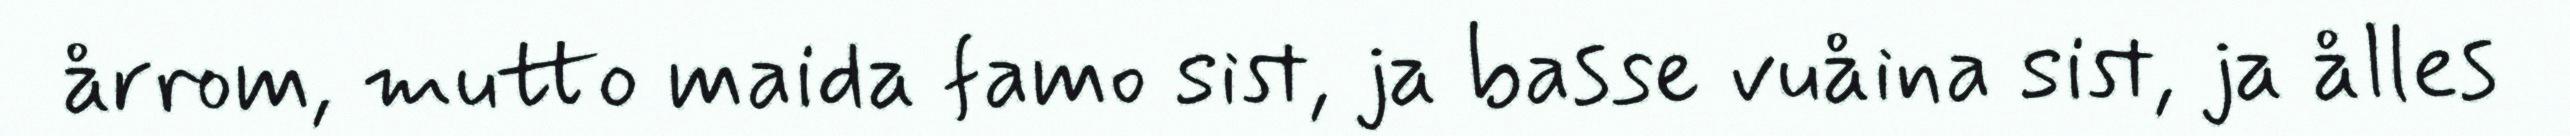
årrom, mutto maida famo sist, ja basse vuåina sist, ja ålles